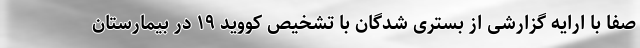
صفا با ارایه گزارشی از بستری شدگان با تشخیص کووید ۱۹ در بیمارستان